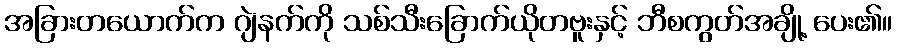
အခြားတယောက်က ဂျဲနက်ကို သစ်သီးခြောက်ယိုတဗူးနှင့် ဘီစကွတ်အချို့ ပေး၏။